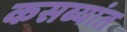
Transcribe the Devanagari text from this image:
कसब्यांत